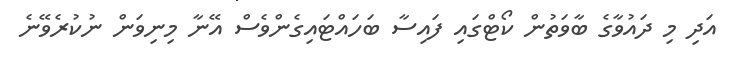
އަދި މި ދައުވާގެ ބާވަތުން ކޯޓްގައި ފައިސާ ބަހައްޓައިގެންވެސް އޭނާ މިނިވަން ނުކުރެވޭނެ